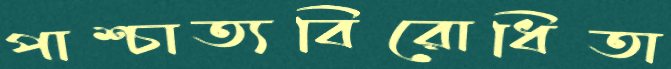
পাশ্চাত্যবিরোধিতা